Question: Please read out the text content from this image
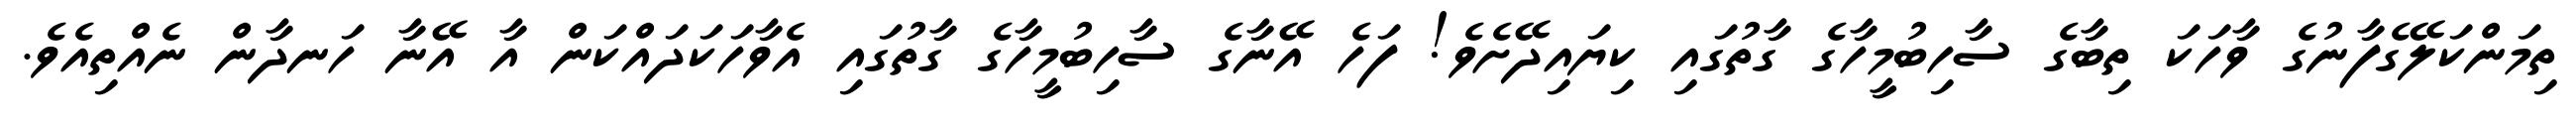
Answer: ތިމަންކަލޭގެފާނުގެ ވާހަކަ ތިބާގެ ސާހިބުމީހާގެ ގާތުގައި ކިޔައިދޭށެވެ! ފަހެ އޭނާގެ ސާހިބުމީހާގެ ގާތުގައި އެވާހަކަދައްކަން އާ އޭނާ ހަނދާން ނެއްތިއެވެ.